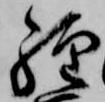
経